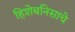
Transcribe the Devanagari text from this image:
हिशेबनिसाचे